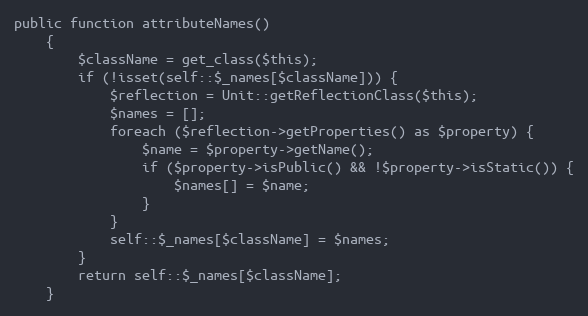
Language: PHP
public function attributeNames()
    {
        $className = get_class($this);
        if (!isset(self::$_names[$className])) {
            $reflection = Unit::getReflectionClass($this);
            $names = [];
            foreach ($reflection->getProperties() as $property) {
                $name = $property->getName();
                if ($property->isPublic() && !$property->isStatic()) {
                    $names[] = $name;
                }
            }
            self::$_names[$className] = $names;
        }
        return self::$_names[$className];
    }